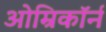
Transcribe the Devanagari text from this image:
ओम्रिकॉर्न